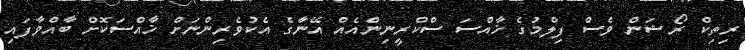
ރިތިކް ރޯޝަން ވެސް ފިލްމުގެ ޚާއްސަ ސްކްރީނިންއެއް އޭނާގެ އެކުވެރިންނަށް ޚާއްސަކޮށް ބާއްވާފައި